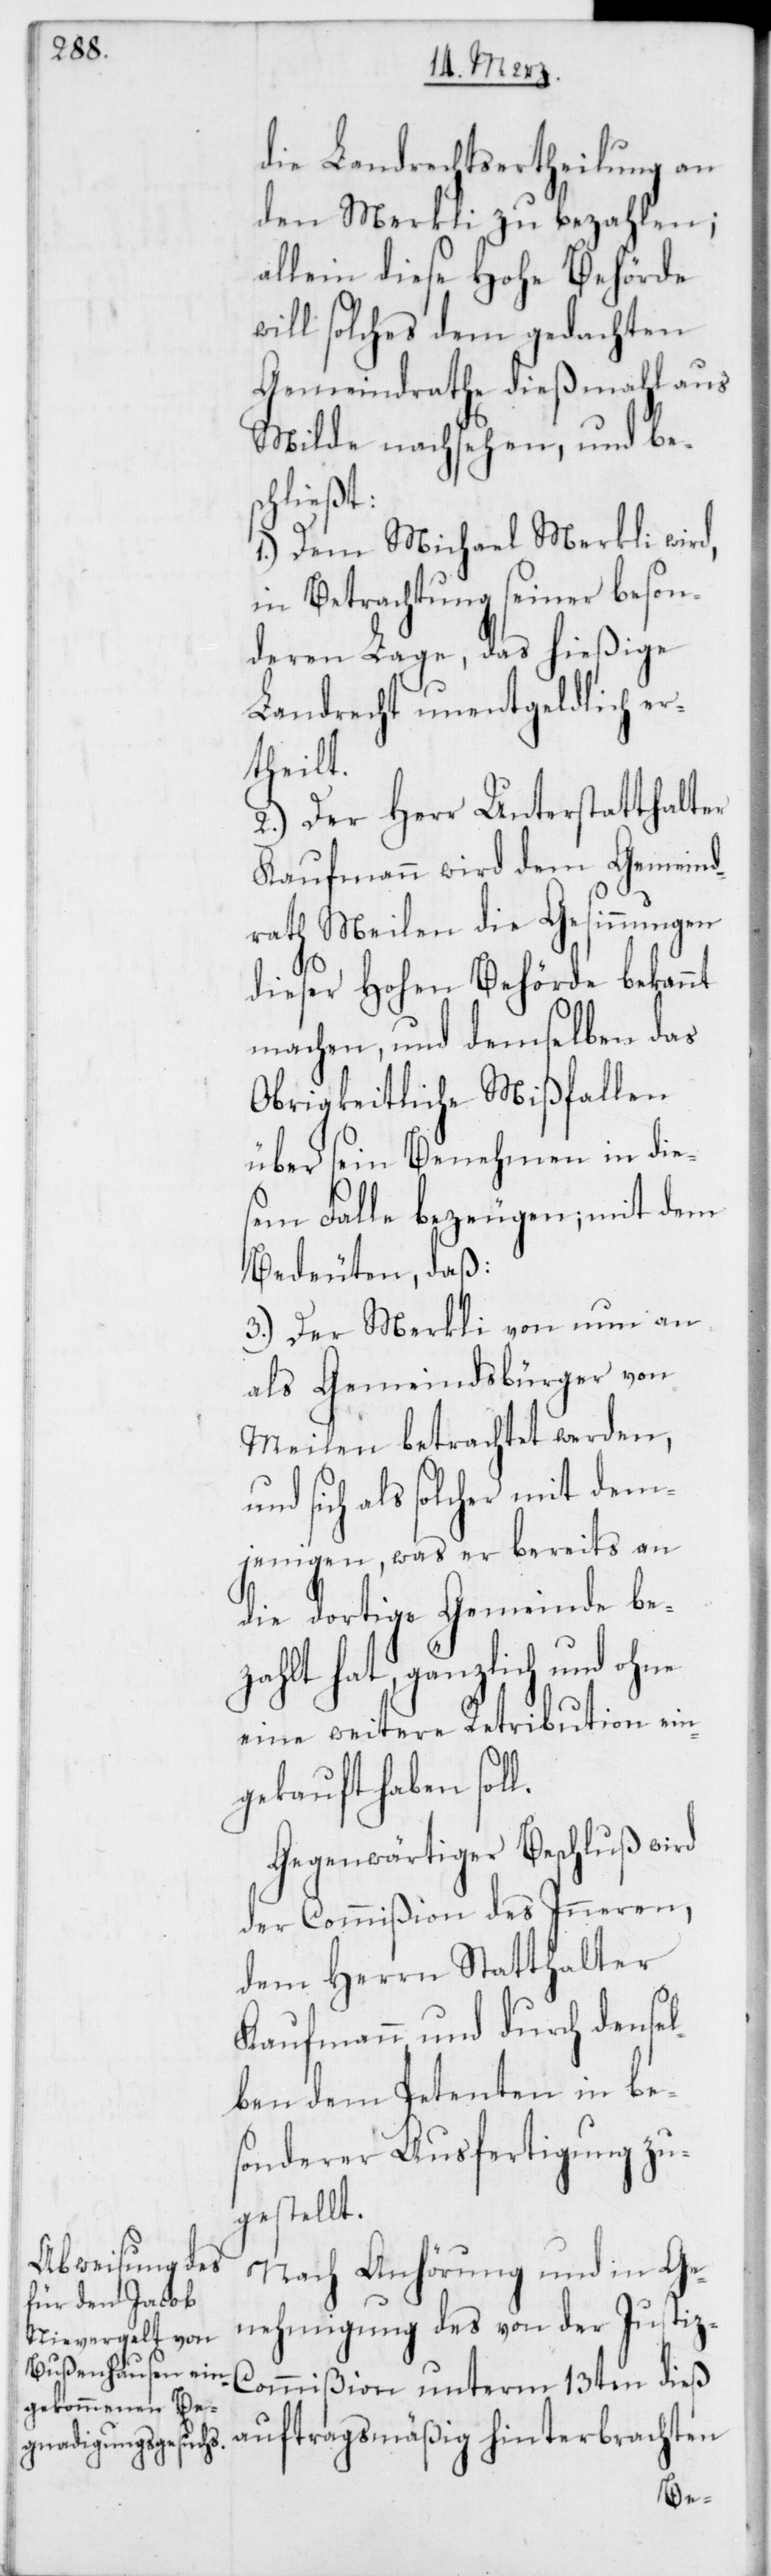
die Landrechtsertheilung an
den Merkli zu bezahlen;
allein diese Hohe Behörde
will solches dem gedachten
Gemeindrathe dießmahl aus
Milde nachsehen, und bes¬
chließt:
1.) Dem Michael Merkli wird,
in Betrachtung seiner beson¬
deren Lage, das hießige
Landrecht unentgeldlich er¬
theilt.
2.) Der Herr Unterstatthalter
Kaufmann wird dem Gemeind¬
rath Meilen die Gesinnungen
dieser Hohen Behörde bekannt
machen, und demselben das
Obrigkeitliche Mißfallen
über sein Benehmen in die¬
sem Falle bezeugen; mit dem
Bedeuten, daß:
3.) Der Merkli von nun an
als Gemeindsbürger von
Meilen betrachtet werden,
und sich als solcher mit dem¬
jenigen, was er bereits an
die dortige Gemeinde be¬
zahlt hat, gänzlich und
eine weitere Retribution ein¬
gekauft haben soll.
Gegenwärtiger Beschluß wird
der Commißion des Inneren,
dem Herrn Statthalter
Kaufmann und durch dense¬
lben dem Petenten in be¬
sonderer Ausfertigung zu¬
gestellt.
Nach Anhörung und in Ge¬
nehmigung des von der Justiz-C¬
ommißion unterm 13ten dieß
auftragsmäßig hinterbrachten